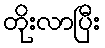
တိုးလာပြီး